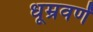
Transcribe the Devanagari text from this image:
धूम्रवर्णं